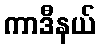
ကာဒီနယ်